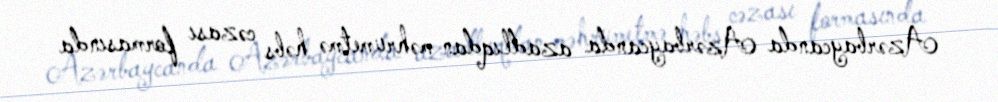
Azərbaycanda Azərbaycanda azadlıqdan məhrumetmə həbs cəzası formasında